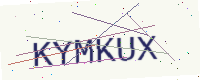
Text: KYMKUX